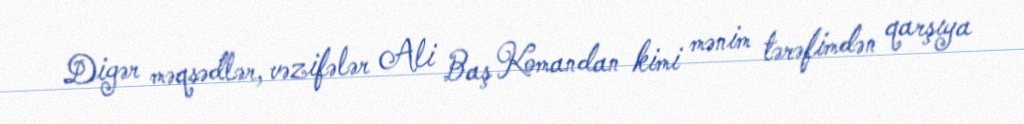
Digər məqsədlər, vəzifələr Ali Baş Komandan kimi mənim tərəfimdən qarşıya